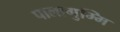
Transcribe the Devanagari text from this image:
पालागुम्मि